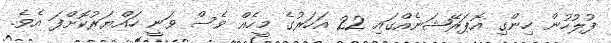
ފުލުހުން ހިންގި އޮޕަރޭޝަނެއްގައި 22 އަހަރުގެ މީހެއް ވެސް ވަނީ ހައްޔަރުކޮށްފަ އެވެ.